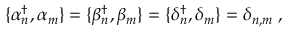
\{ \alpha { ^ \dagger _ { n } } , \alpha _ { m } \} = \{ \beta { _ n ^ { \dagger } } , \beta _ { m } \} = \{ \delta { _ n ^ { \dagger } } , \delta _ { m } \} = \delta _ { n , m } \; ,